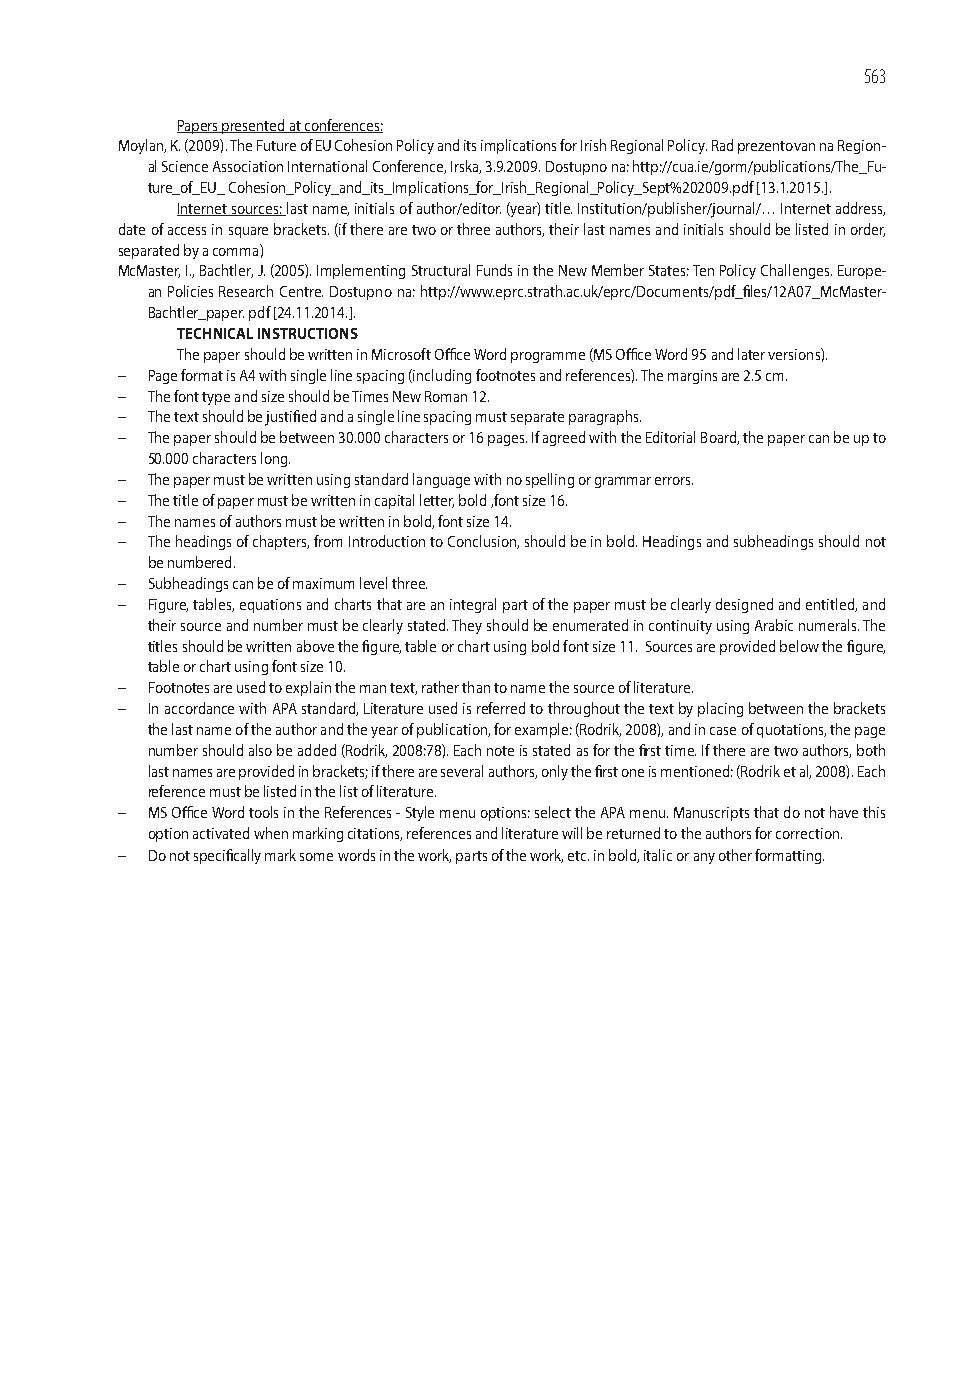
563
 Papers presented at conferences:
 Moylan, K. (2009). The Future of EU Cohesion Policy and its implications for Irish Regional Policy. Rad prezentovan na Region-
 al Science Association International Conference, Irska, 3.9.2009. Dostupno na: http://cua.ie/gorm/publications/The_Fu-
 ture_of_EU_ Cohesion_Policy_and_its_Implications_for_Irish_Regional_Policy_Sept%202009.pdf [13.1.2015.].
 Internet sources: last name, initials of author/editor. (year) title. Institution/publisher/journal/… Internet address,
 date of access in square brackets. (if there are two or three authors, their last names and initials should be listed in order,
 separated by a comma)
 McMaster, I., Bachtler, J. (2005). Implementing Structural Funds in the New Member States: Ten Policy Challenges. Europe-
 an Policies Research Centre. Dostupno na: http://www.eprc.strath.ac.uk/eprc/Documents/pdf_fi les/12A07_McMaster-
 Bachtler_paper. pdf [24.11.2014.].
 TECHNICAL INSTRUCTIONS
 The paper should be written in Microsoft Offi ce Word programme (MS Offi ce Word 95 and later versions).
  Page format is A4 with single line spacing (including footnotes and references). The margins are 2.5 cm.
  The font type and size should be Times New Roman 12.
  The text should be justifi ed and a single line spacing must separate paragraphs.
  The paper should be between 30.000 characters or 16 pages. If agreed with the Editorial Board, the paper can be up to
 50.000 characters long.
  The paper must be written using standard language with no spelling or grammar errors.
  The title of paper must be written in capital letter, bold ,font size 16.
  The names of authors must be written in bold, font size 14.
  The headings of chapters, from Introduction to Conclusion, should be in bold. Headings and subheadings should not
 be numbered.
  Subheadings can be of maximum level three.
  Figure, tables, equations and charts that are an integral part of the paper must be clearly designed and entitled, and
 their source and number must be clearly stated. They should be enumerated in continuity using Arabic numerals. The
 titles should be written above the fi gure, table or chart using bold font size 11. Sources are provided below the fi gure,
 table or chart using font size 10.
  Footnotes are used to explain the man text, rather than to name the source of literature.
  In accordance with APA standard, Literature used is referred to throughout the text by placing between the brackets
 the last name of the author and the year of publication, for example: (Rodrik, 2008), and in case of quotations, the page
 number should also be added (Rodrik, 2008:78). Each note is stated as for the fi rst time. If there are two authors, both
 last names are provided in brackets; if there are several authors, only the fi rst one is mentioned: (Rodrik et al, 2008). Each
 reference must be listed in the list of literature.
  MS Offi ce Word tools in the References - Style menu options: select the APA menu. Manuscripts that do not have this
 option activated when marking citations, references and literature will be returned to the authors for correction.
  Do not specifi cally mark some words in the work, parts of the work, etc. in bold, italic or any other formatting.